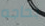
بحاجه